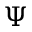
\Psi